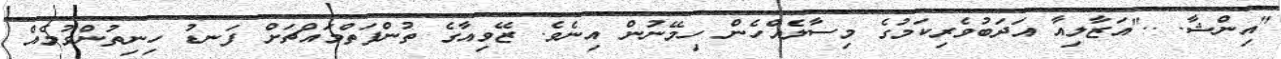
"އިންޝާ. .."އަޒާލިއާ އަދަބުވެރިކަމުގެ މިސާލެއްހެން ހިމޭނުން އިނެވެ. ޒޭވިއާގެ ތުންފަތްމައްޗަށް ފަނޑު ހިނިތުންވުމެއް